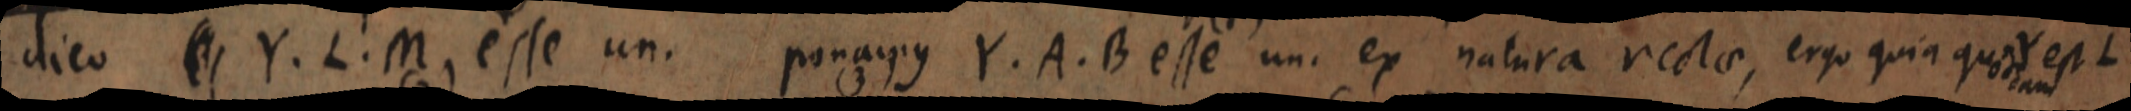
dico _ Y. L. M. esse un. ponamus Y. A. B esse un. ex natura rectae, ergo quia qua Y est L